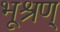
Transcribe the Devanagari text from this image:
भूश्रण्